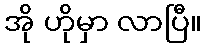
အို ဟိုမှာ လာပြီ။